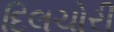
દિલચોરી